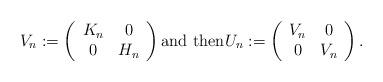
LaTeX: \begin{align*} V_n:=\left(\begin{array}{cc}K_n & 0 \\ 0 & H_n\end{array}\right)\hbox{and then}U_n:=\left(\begin{array}{cc}V_n & 0 \\ 0 & V_n\end{array}\right).\end{align*}